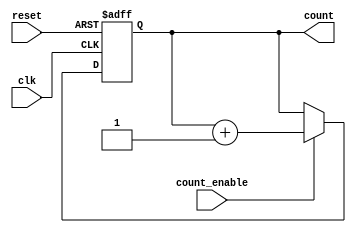
module async_counter (
    input wire clk,            // Clock input
    input wire reset,          // Asynchronous reset input
    input wire count_enable,   // Count enable input
    output reg [3:0] count     // 4-bit binary count output
);

    // Asynchronous reset and counting logic
    always @(posedge clk or posedge reset) begin
        if (reset) begin
            count <= 4'b0000;  // Reset the counter to zero
        end else if (count_enable) begin
            count <= count + 1; // Increment the counter
        end
    end

endmodule